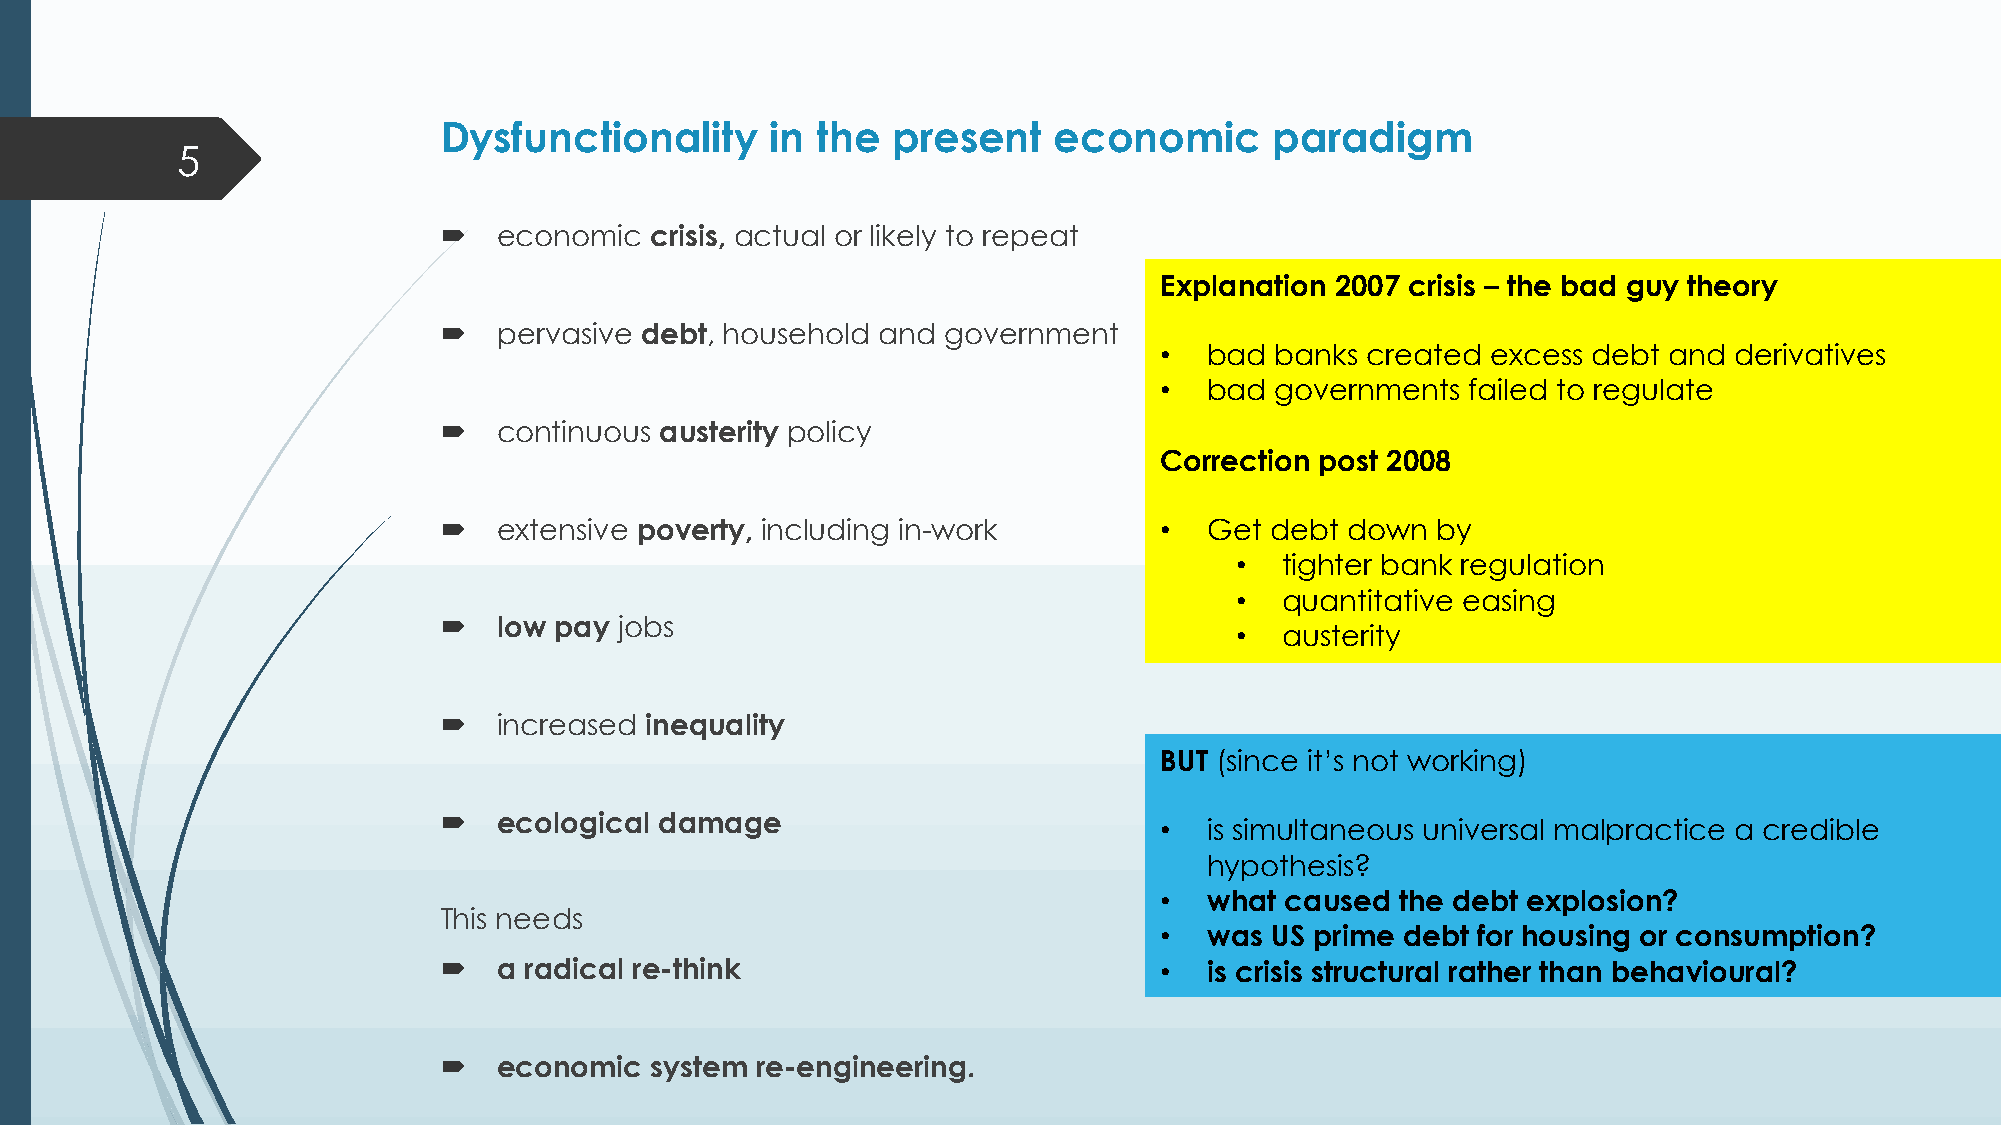
Dysfunctionality      in the  present    economic      paradigm
 5
 ´   economic  crisis, actual or likely to repeat
 Explanation 2007 crisis – the bad guy theory
 ´   pervasive debt, household and government
 •  bad banks created  excess debt and derivatives
 •  bad governments  failed to regulate
 ´   continuous austerity policy
 Correction post 2008
 ´   extensive poverty, including in-work        •  Get debt down  by
 •  tighter bank regulation
 •  quantitative easing
 ´   low pay jobs
 •  austerity
 ´   increased inequality
 BUT (since it’s not working)
 ´   ecological damage
 •  is simultaneous universal malpractice a credible
 hypothesis?
 •  what caused  the debt explosion?
 This needs
 •  was US prime debt for housing or consumption?
 ´   a radical re-think                          •  is crisis structural rather than behavioural?
 ´   economic  system re-engineering.